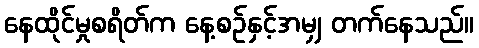
နေထိုင်မှုစရိတ်က နေ့စဉ်နှင့်အမျှ တက်နေသည်။